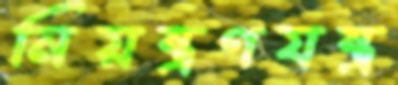
নিয়ন্ত্রণযন্ত্র